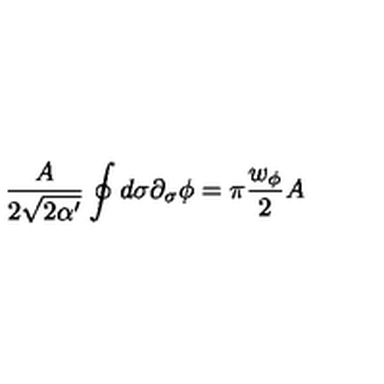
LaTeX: \frac { A } { 2 \sqrt { 2 \alpha ^ { \prime } } } \oint d \sigma \partial _ { \sigma } \phi = \pi \frac { w _ { \phi } } { 2 } A